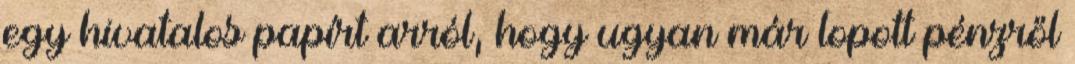
egy hivatalos papírt arról, hogy ugyan már lopott pénzről